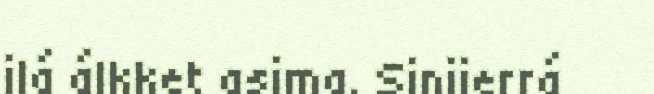
ilá álkket asjma. Sjnjierrá